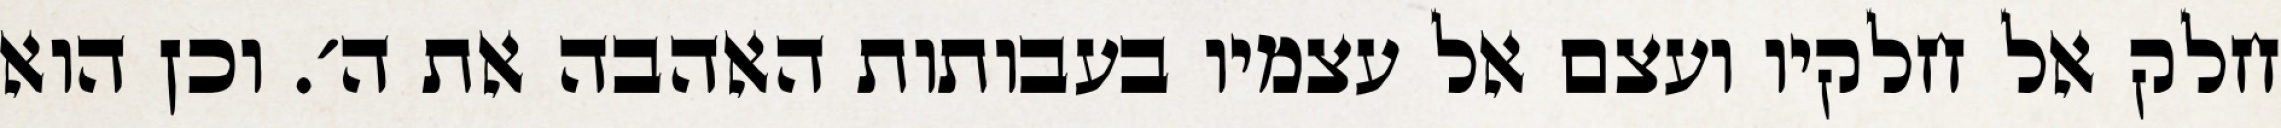
חלק אל חלקיו ועצם אל עצמיו בעבותות האהבה את ה׳. וכן הוא